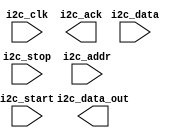
module i2c_controller (
    input wire i2c_clk,            // Clock signal for I2C bus
    input wire i2c_data,           // Data signal for I2C bus
    input wire i2c_start,          // Start signal for I2C communication
    input wire i2c_stop,           // Stop signal for I2C communication
    input wire i2c_addr,           // Address signal for I2C communication
    output wire i2c_data_out,      // Data signal output
    output wire i2c_ack            // Acknowledge signal for I2C communication
);

// Module for generating clock signals
always @ (posedge i2c_clk) begin
    // Code for generating clock signals
end

// Module for data sampling and synchronization
always @ (posedge i2c_clk) begin
    // Code for data sampling and synchronization
end

// Module for arbitration and timing control
always @ (posedge i2c_clk) begin
    // Code for arbitration and timing control
end

endmodule